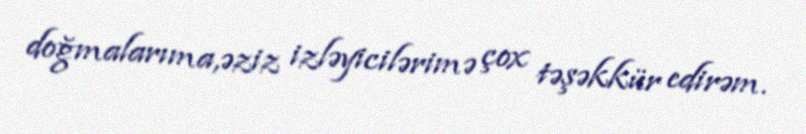
doğmalarıma,əziz izləyicilərimə çox təşəkkür edirəm.